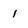
Character: 1